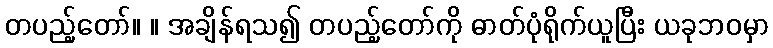
တပည့်တော်။ ။ အချိန်ရသ၍ တပည့်တော်ကို ဓာတ်ပုံရိုက်ယူပြီး ယခုဘဝမှာ